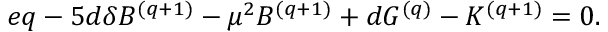
e q - 5 d \delta B ^ { ( q + 1 ) } - { \mu } ^ { 2 } B ^ { ( q + 1 ) } + d G ^ { ( q ) } - K ^ { ( q + 1 ) } = 0 .